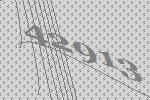
42913